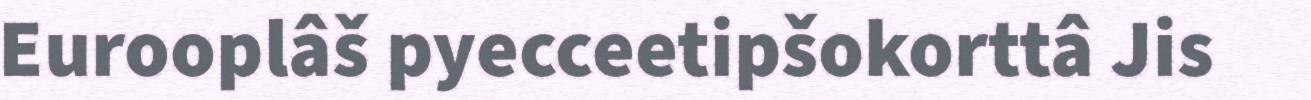
Eurooplâš pyecceetipšokorttâ Jis